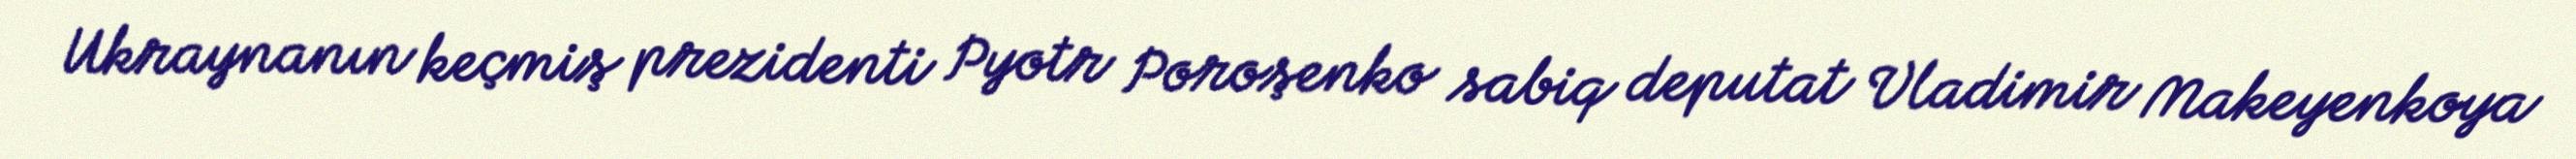
Ukraynanın keçmiş prezidenti Pyotr Poroşenko sabiq deputat Vladimir Makeyenkoya